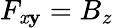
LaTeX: F_{\mathit{x}\mathbf{y}}=B_{z}